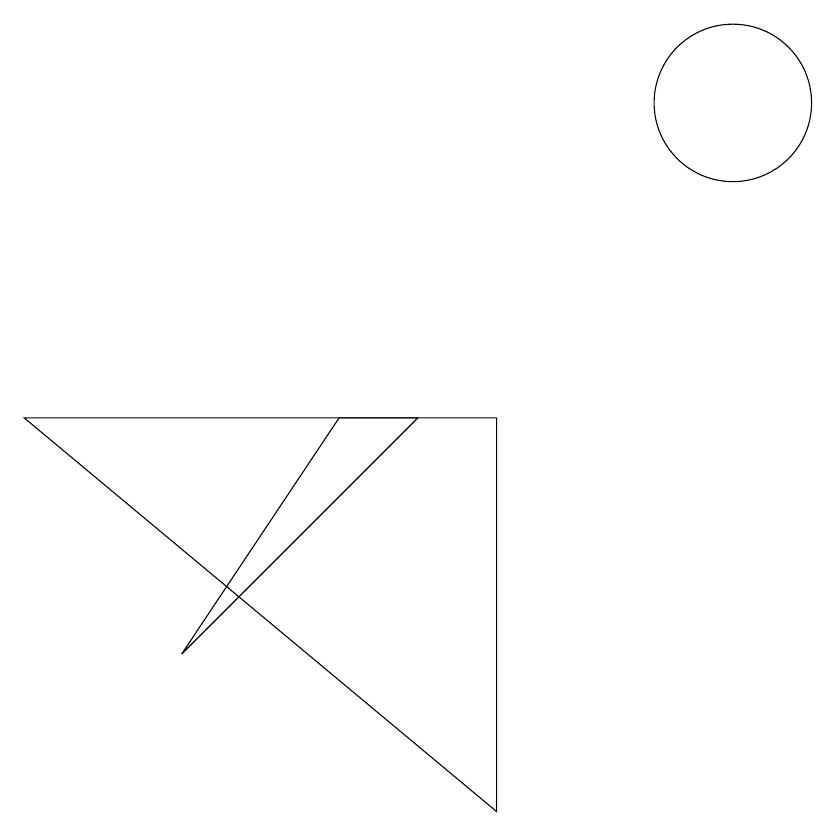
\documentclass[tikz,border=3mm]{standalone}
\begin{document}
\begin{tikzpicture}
\draw (10,11) circle (1);
\draw (5,7) -- (6,7) -- (3,4) -- cycle;
\draw (1,7) -- (7,7) -- (7,2) -- cycle;
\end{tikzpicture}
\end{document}